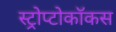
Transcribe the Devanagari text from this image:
स्ट्रोप्टोकॉकस